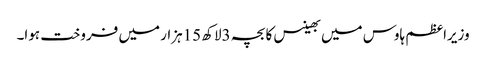
وزیراعظم ہاوس میں بھینس کا بچہ 3لاکھ 15ہزار میں فروخت ہوا۔